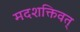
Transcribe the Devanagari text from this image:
मदशक्तिवत्